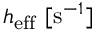
\boldsymbol { h } _ { \mathrm { e f f } } \ [ \mathrm { s } ^ { - 1 } ]